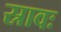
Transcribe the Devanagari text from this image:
स्रावः